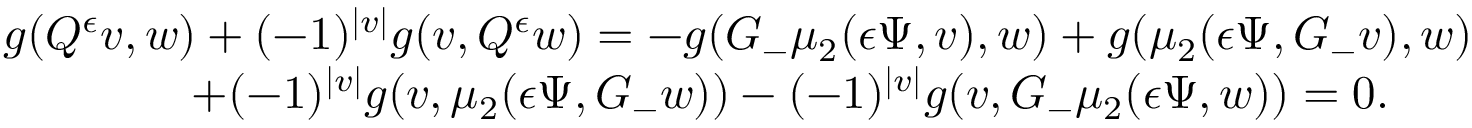
\begin{array} { r l } & { g ( Q ^ { \epsilon } v , w ) + ( - 1 ) ^ { | v | } g ( v , Q ^ { \epsilon } w ) = - g ( G _ { - } \mu _ { 2 } ( { \epsilon } \Psi , v ) , w ) + g ( \mu _ { 2 } ( { \epsilon } \Psi , G _ { - } v ) , w ) } \\ & { \qquad \qquad + ( - 1 ) ^ { | v | } g ( v , \mu _ { 2 } ( { \epsilon } \Psi , G _ { - } w ) ) - ( - 1 ) ^ { | v | } g ( v , G _ { - } \mu _ { 2 } ( { \epsilon } \Psi , w ) ) = 0 . } \end{array}